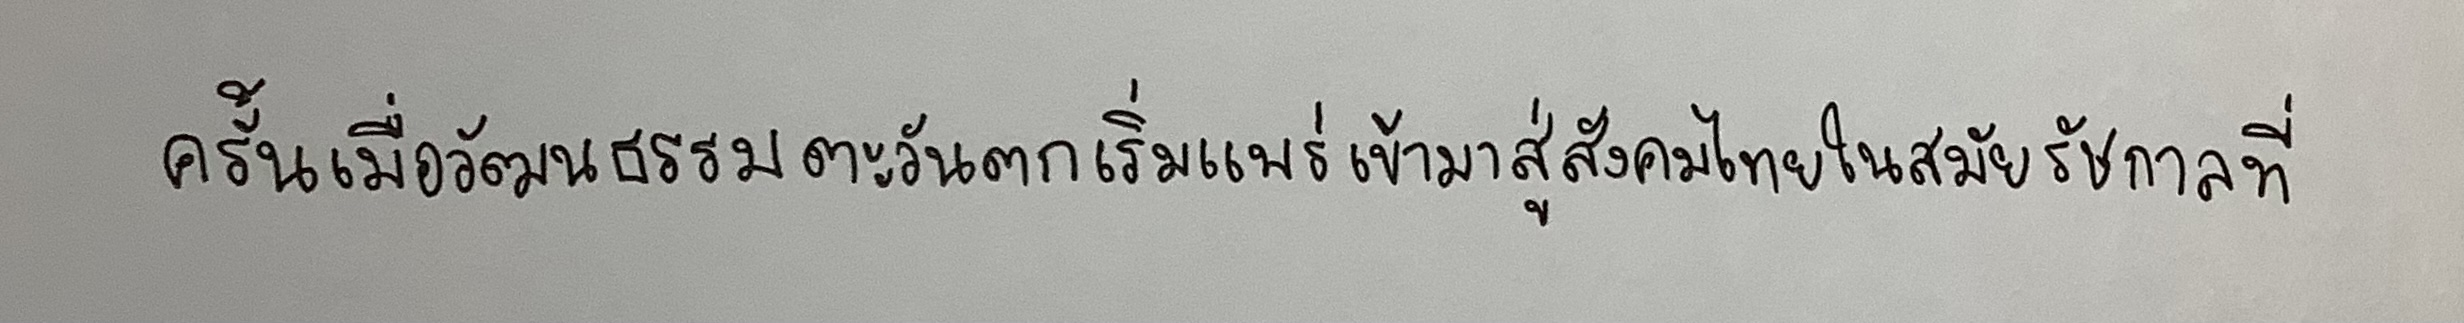
ครั้นเมื่อวัฒนธรรมตะวันตกเริ่มแพร่เข้ามาสู่สังคมไทยในสมัยรัชกาลที่